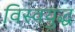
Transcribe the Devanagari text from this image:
विस्वयुद्ध